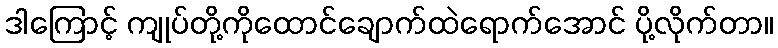
ဒါကြောင့် ကျုပ်တို့ကိုထောင်ချောက်ထဲရောက်အောင် ပို့လိုက်တာ။